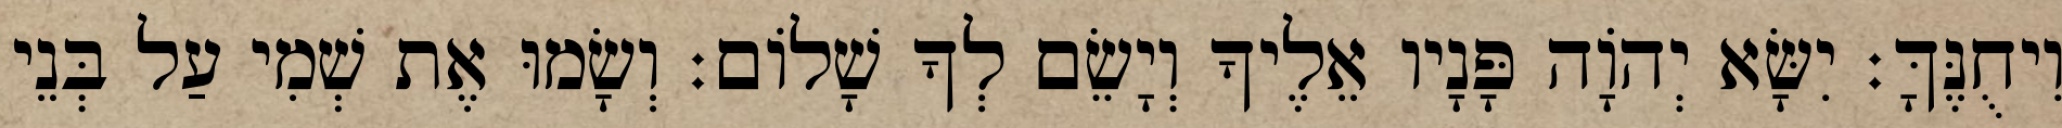
וִיחֻנֶּךָּ׃ יִשָּׂא יְהוָֹה פָּנָיו אֵלֶיךָ וְיָשֵׂם לְךָ שָׁלוֹם׃ וְשָׂמוּ אֶת שְׁמִי עַל בְּנֵי